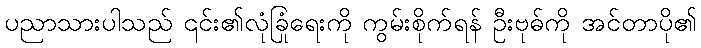
ပညာသားပါသည် ၎င်း၏လုံခြုံရေးကို ကွမ်းစိုက်ရန် ဦးဗုဓ်ကို အင်တာပို၏